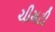
ચીમટી